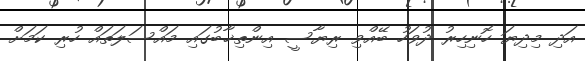
އަދި މިދިޔަ ހޮނިހިރު ދުވަހު ބޭއްވި ރިޔާސީ އިންތިޚާބުގައި މައްސަލަތައް ހުރި ކަމަށް